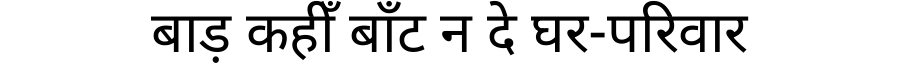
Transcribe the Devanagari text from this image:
बाड़ कहीँ बाँट न दे घर-परिवार